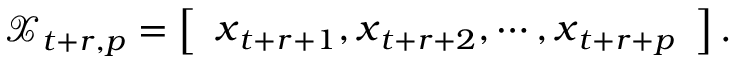
\mathscr X _ { t + r , p } = \left[ \begin{array} { l } { \boldsymbol x _ { t + r + 1 } , \boldsymbol x _ { t + r + 2 } , \cdots , \boldsymbol x _ { t + r + p } } \end{array} \right] .